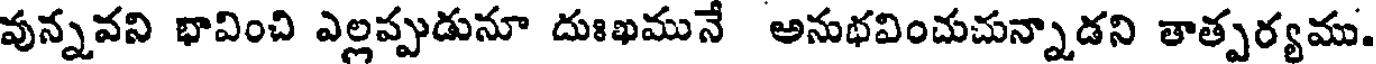
వున్నవని భావించి ఎల్లప్పుడునూ దుఃఖమునే అనుభవించుచున్నాడని తాత్పర్యము.